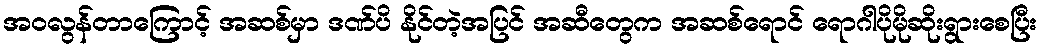
အဝလွန်တာကြောင့် အဆစ်မှာ ဒဏ်ပိ နိုင်တဲ့အပြင် အဆီတွေက အဆစ်ရောင် ရောဂါပိုမိုဆိုးရွားစေပြီး